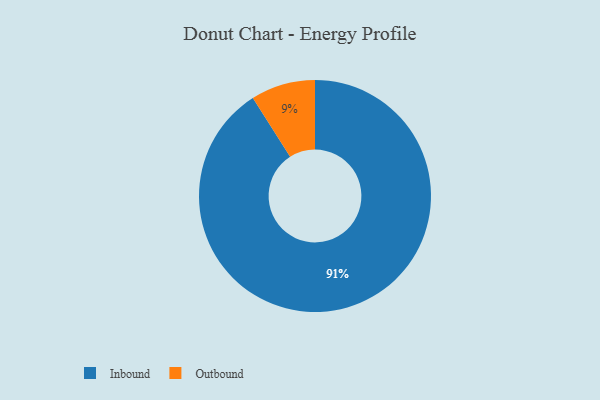
{"axis": {"x": "Category", "y": "Percentage"}, "legend": ["Inbound", "Outbound"], "data": [{"x": "Inbound", "y": 91, "type": "Inbound"}, {"x": "Outbound", "y": 9, "type": "Outbound"}]}